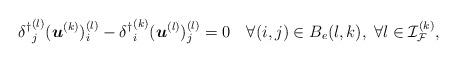
LaTeX: \begin{align*} {\delta^\dagger}^{(l)}_j(\boldsymbol{u}^{(k)})^{(l)}_i - {\delta^\dagger}^{(k)}_i(\boldsymbol{u}^{(l)})^{(l)}_j = 0 \quad\forall (i,j)\in B_e(l,k), \;\forall l\in{\mathcal{I}}_{\mathcal{F}}^{(k)}, \end{align*}